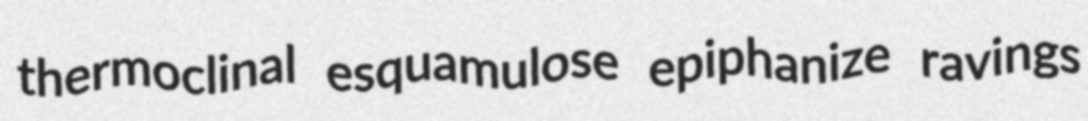
thermoclinal esquamulose epiphanize ravings